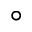
\circ